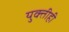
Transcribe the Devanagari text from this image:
युक्तीही